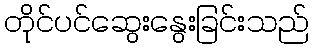
တိုင်ပင်ဆွေးနွေးခြင်းသည်